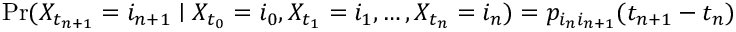
\operatorname* { P r } ( X _ { t _ { n + 1 } } = i _ { n + 1 } \mid X _ { t _ { 0 } } = i _ { 0 } , X _ { t _ { 1 } } = i _ { 1 } , \ldots , X _ { t _ { n } } = i _ { n } ) = p _ { i _ { n } i _ { n + 1 } } ( t _ { n + 1 } - t _ { n } )